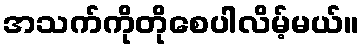
အသက်ကိုတိုစေပါလိမ့်မယ်။